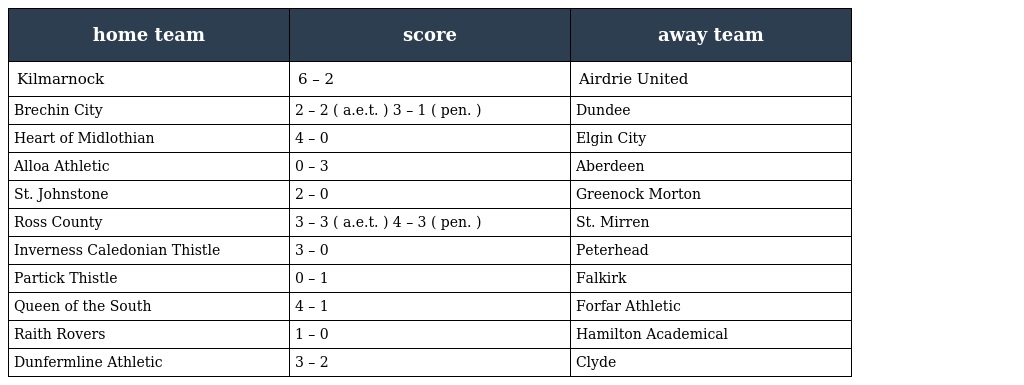
| home team | score | away team |
 | --- | --- | --- |
 | Kilmarnock | 6 – 2 | Airdrie United |
 | Brechin City | 2 – 2 ( a.e.t. ) 3 – 1 ( pen. ) | Dundee |
 | Heart of Midlothian | 4 – 0 | Elgin City |
 | Alloa Athletic | 0 – 3 | Aberdeen |
 | St. Johnstone | 2 – 0 | Greenock Morton |
 | Ross County | 3 – 3 ( a.e.t. ) 4 – 3 ( pen. ) | St. Mirren |
 | Inverness Caledonian Thistle | 3 – 0 | Peterhead |
 | Partick Thistle | 0 – 1 | Falkirk |
 | Queen of the South | 4 – 1 | Forfar Athletic |
 | Raith Rovers | 1 – 0 | Hamilton Academical |
 | Dunfermline Athletic | 3 – 2 | Clyde |